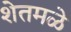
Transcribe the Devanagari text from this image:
शेतमळे